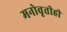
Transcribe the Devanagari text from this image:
मनोवृत्तीही